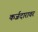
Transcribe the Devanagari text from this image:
कर्जदारावर